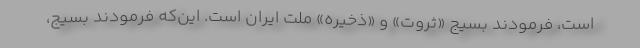
است، فرمودند بسیج «ثروت» و «ذخیره» ملت ایران است. این‌که فرمودند بسیج،